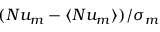
( N u _ { m } - \langle N u _ { m } \rangle ) / \sigma _ { m }